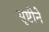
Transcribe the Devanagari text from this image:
सृष्टीने